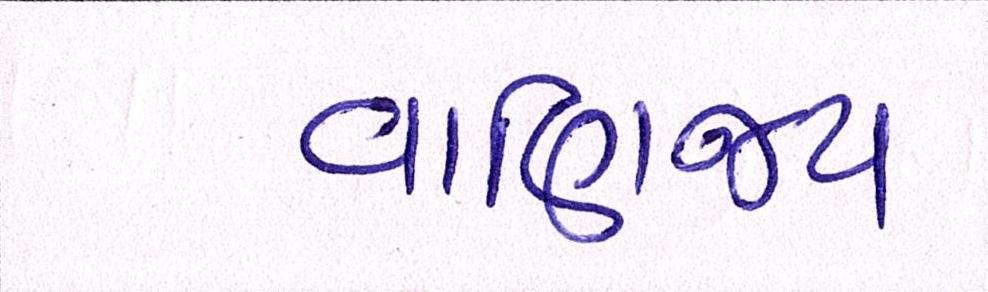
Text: વાણિજ્ય